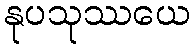
နုပသုဿယေ